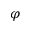
\varphi